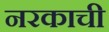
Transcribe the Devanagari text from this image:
नरकाची